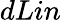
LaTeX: dLin